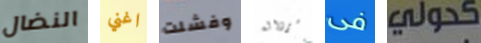
النضال اغني وفشلت سرواله فى كحولي